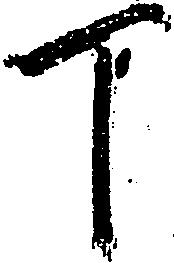
丁